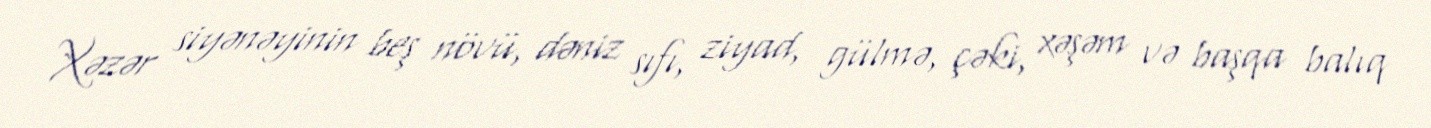
Xəzər siyənəyinin beş növü, dəniz sıfı, ziyad, gülmə, çəki, xəşəm və başqa balıq